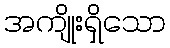
အကျိုးရှိသော